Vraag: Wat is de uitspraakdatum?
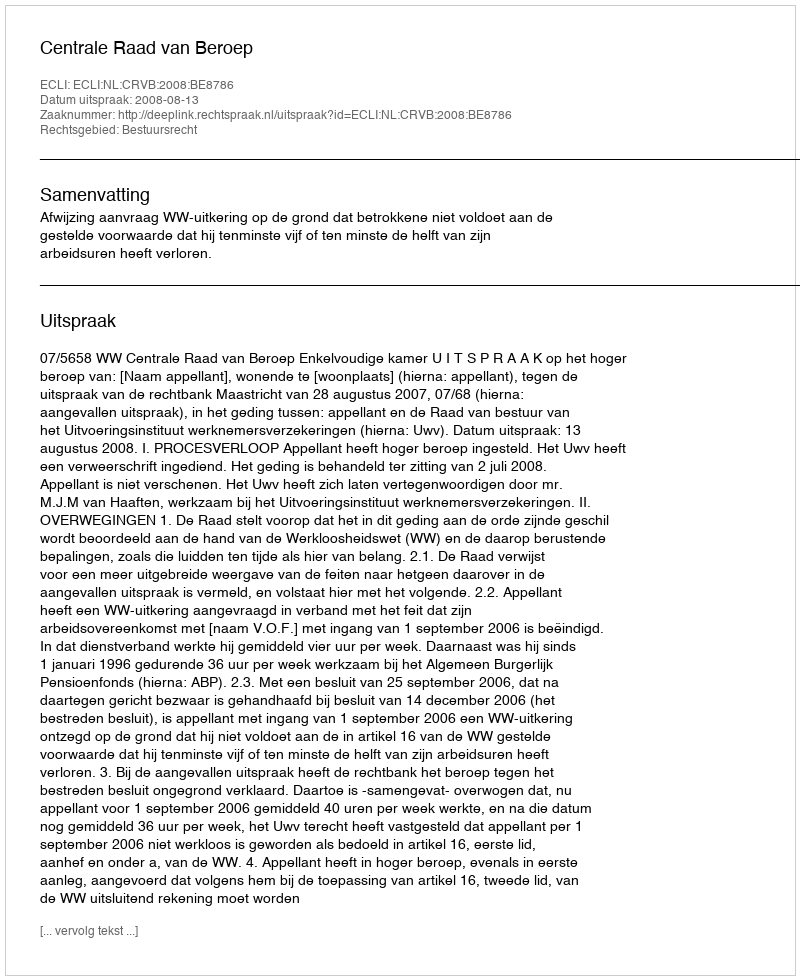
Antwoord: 2008-08-13